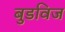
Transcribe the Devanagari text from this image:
बुडविज